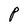
Character: P